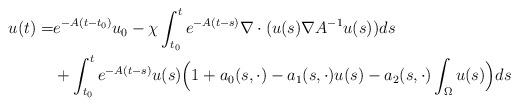
LaTeX: \begin{align*}u(t)=&e^{-A(t-t_0)}u_0 -\chi\int_{t_0}^t e^{-A(t-s)}\nabla\cdot ( u(s) \nabla A^{-1}u(s))ds\\&+\int_{t_0}^t e^{-A(t-s)}u(s)\Big(1+ a_0(s,\cdot)-a_1(s,\cdot)u(s)-a_2(s,\cdot)\int_{\Omega}u(s)\Big)ds\end{align*}